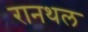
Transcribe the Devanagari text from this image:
रानथल